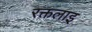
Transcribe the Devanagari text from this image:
रक्तलाइ